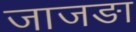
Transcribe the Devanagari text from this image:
जाजङा